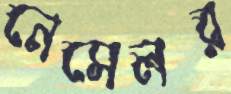
নেসেলর